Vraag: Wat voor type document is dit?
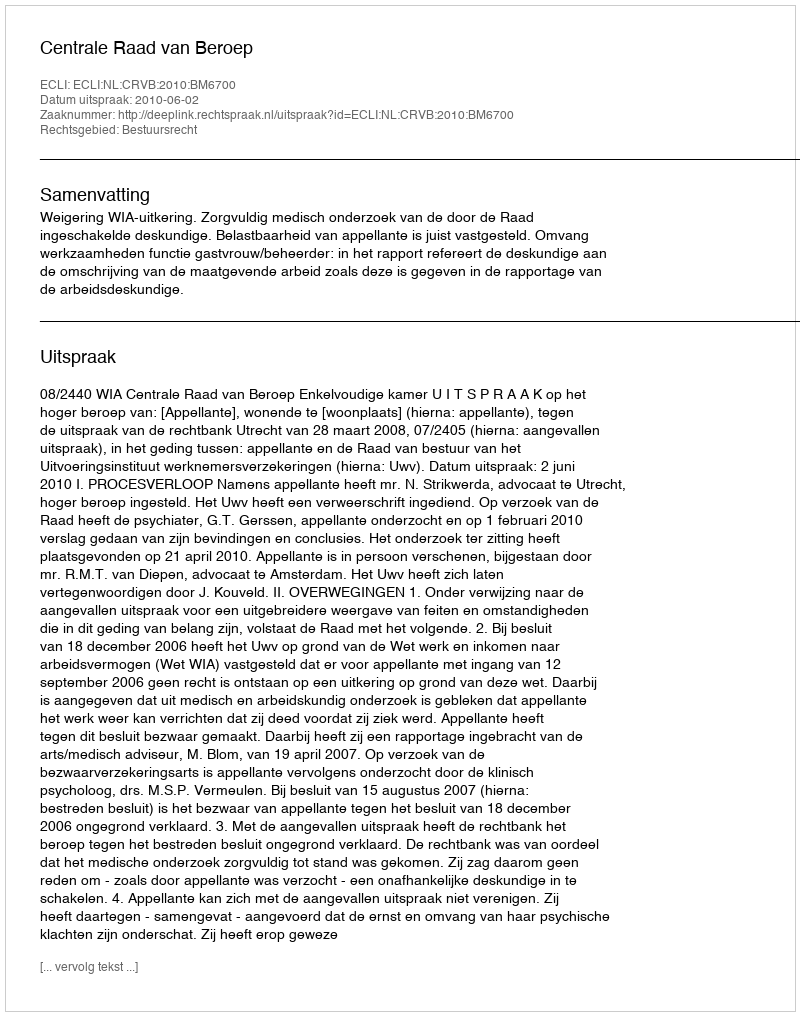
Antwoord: Uitspraak